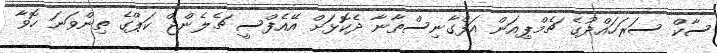
ސާކް ސަރަހައްދުގެ ޗެމްޕިއަން އަފްގާނިސްތާނާ ދެކޮޅަށް އޭއެފްސީ ޗެލެންޖް ކަޕްގެ ތިންވަނަ ހޮވާ